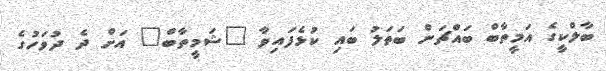
ބާލްކީގެ އަމީތާބް ބައްޗަން ބަތަލު ބައި ކުޅެފައިވާ "ޝަމީތާބް" އަށް ދެ ދުވަހުގެ